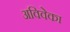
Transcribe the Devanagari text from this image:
अविवेका